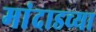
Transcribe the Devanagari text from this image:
मांदाडच्या